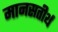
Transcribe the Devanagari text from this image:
मानसतीर्थ